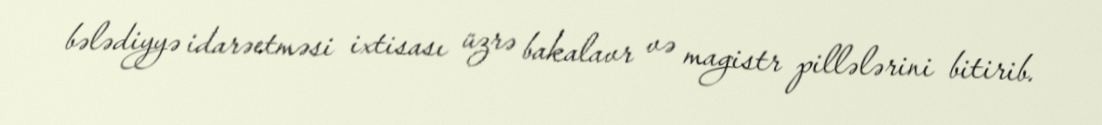
bələdiyyə idarəetməsi ixtisası üzrə bakalavr və magistr pillələrini bitirib.